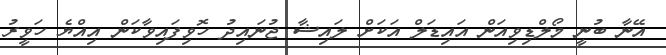
އޭނާ ބުނީ މޯލްޑިވިއަން އައިޑަލް އަކަށް ލައިޝާ ޖުނައިދު ހޮވިފައިވާކަން އިއްޔެ ހަވީރު